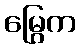
မြွေက